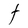
Character: t